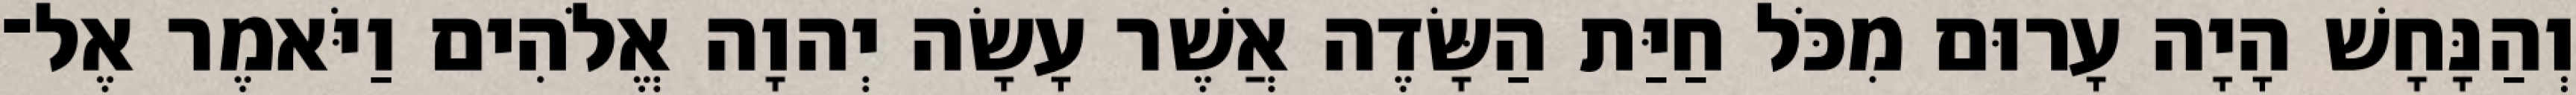
וְהַנָּחָשׁ הָיָה עָרוּם מִכֹּל חַיַּת הַשָּׂדֶה אֲשֶׁר עָשָׂה יְהוָה אֱלֹהִים וַיֹּאמֶר אֶל־